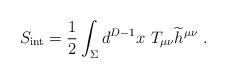
LaTeX: \begin{align*} S_{\rm {\small int}}={1\over 2} \int_\Sigma d^{D-1} x ~T_{\mu\nu} {\widetilde h}^{\mu\nu}~.\end{align*}